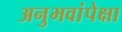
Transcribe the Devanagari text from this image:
अनुभवांपेक्षा